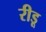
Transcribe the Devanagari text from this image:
रीडू